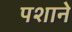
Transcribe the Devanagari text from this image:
पशाने